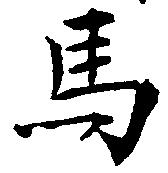
馬